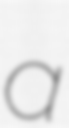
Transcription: a